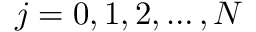
j = 0 , 1 , 2 , \dots , N